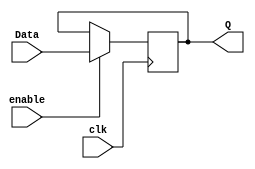
`timescale 1ns / 1ps
//////////////////////////////////////////////////////////////////////////////////
// Company: 
// Engineer: 
// 
// Design Name: 
// Module Name: register_17bit
// Project Name: 
// Target Devices: 
// Tool Versions: 
// Description: 
// 
// Dependencies: 
// 
// Revision:
// Revision 0.01 - File Created
// Additional Comments:
// 
//////////////////////////////////////////////////////////////////////////////////


module register_17bit(
    input clk,
    input enable,
    input [16:0] Data,
    output reg [16:0] Q
    );
    
    
    
    //Sequential Block
    always @(posedge clk) begin
        if(enable)
            Q = Data;
    end
    
    
endmodule